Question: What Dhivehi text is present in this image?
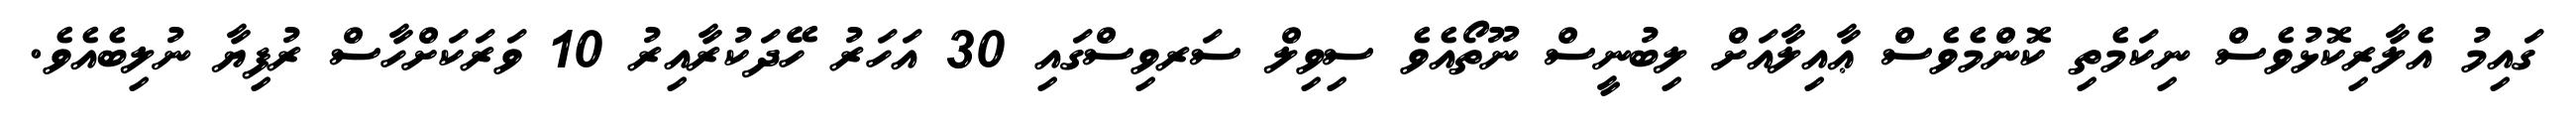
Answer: ގައިމު އެލާރިކޮޅުވެސް ނިކަމެތި ކޮންމެވެސް ޢާއިލާއަށް ލިބުނީސް ނޫތޯއެވެ ސިވިލް ސަރވިސްގައި 30 އަހަރު ހޭދަކުރާއިރު 10 ވަރަކަށްހާސް ރުފިޔާ ނުލިބެއެވެ.